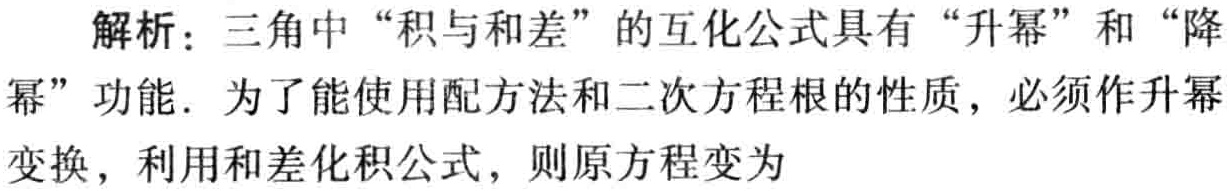
解析：三角中“积与和差”的互化公式具有“升幂”和“降幂”功能. 为了能使用配方法和二次方程根的性质，必须作升幂变换，利用和差化积公式，则原方程变为